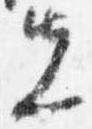
先